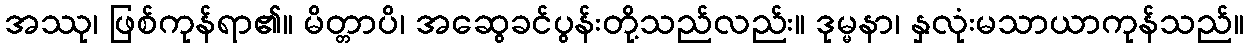
အဿု၊ ဖြစ်ကုန်ရာ၏။ မိတ္တာပိ၊ အဆွေခင်ပွန်းတို့သည်လည်း။ ဒုမ္မနာ၊ နှလုံးမသာယာကုန်သည်။